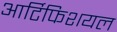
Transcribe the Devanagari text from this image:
आर्टिफिशयल